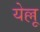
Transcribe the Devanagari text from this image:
येल्लू